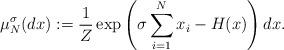
LaTeX: \begin{align*} \mu^{\sigma}_N (dx) : = \frac{1}{Z} \exp\left( \sigma \sum_{i=1}^N x_i - H(x) \right) dx.\end{align*}